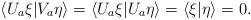
LaTeX: \begin{align*}\langle U_{a}\xi|V_{a}\eta\rangle=\langle U_{a}\xi|U_{a}\eta\rangle=\langle \xi|\eta \rangle=0.\end{align*}